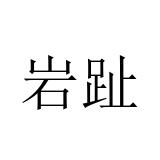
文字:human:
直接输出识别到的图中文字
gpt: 岩趾